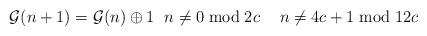
LaTeX: \begin{align*} \mathcal{G}(n+1) = \mathcal{G}(n)\oplus 1 \;\ n \neq 0\bmod 2c \;\ \;\ n \neq 4c+1 \bmod 12c\end{align*}